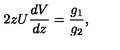
2 z U { \frac { d V } { d z } } = { \frac { g _ { 1 } } { g _ { 2 } } } ,